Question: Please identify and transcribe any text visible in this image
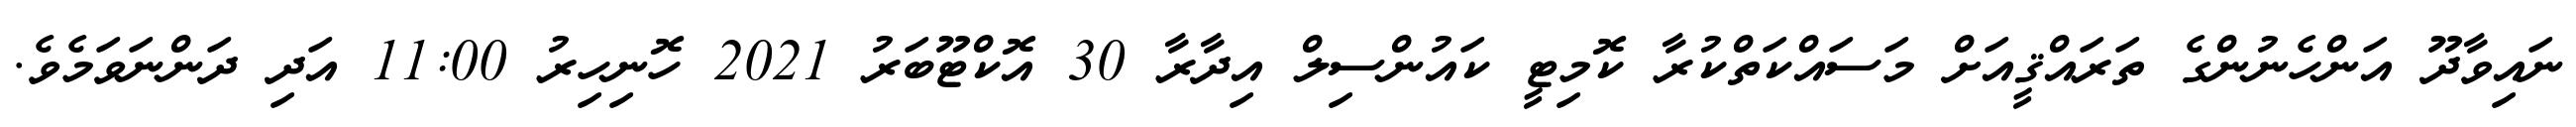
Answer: ނައިވާދޫ އަންހެނުންގެ ތަރައްޤީއަށް މަސައްކަތްކުރާ ކޮމިޓީ ކައުންސިލް އިދާރާ 30 އޮކްޓޫބަރު 2021 ހޮނިހިރު 11:00 އަދި ދަންނަވަމެވެ.